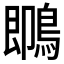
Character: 䳭